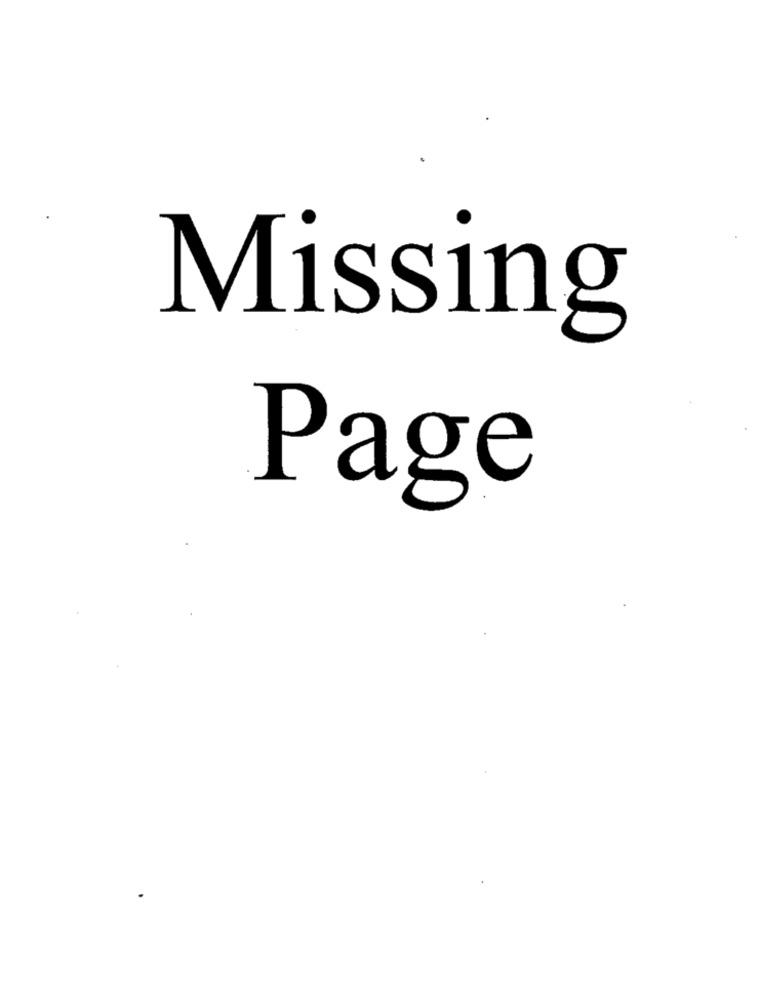
Missing
Page